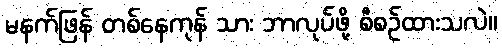
မနက်ဖြန် တစ်နေကုန် သား ဘာလုပ်ဖို့ စီစဉ်ထားသလဲ။